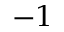
- 1